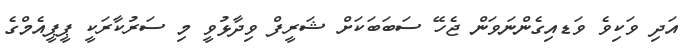
އަދި ވަކިވެ ވަޑއިގެންނަވަން ޖެހޭ ސަބަބަކަށް ޝަރީފް ވިދާޅުވީ މި ސަރުކާރަކީ ޕީޕީއެމްގެ